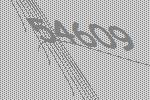
54609